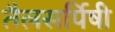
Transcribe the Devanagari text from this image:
तैलसर्पिषी